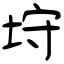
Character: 垨